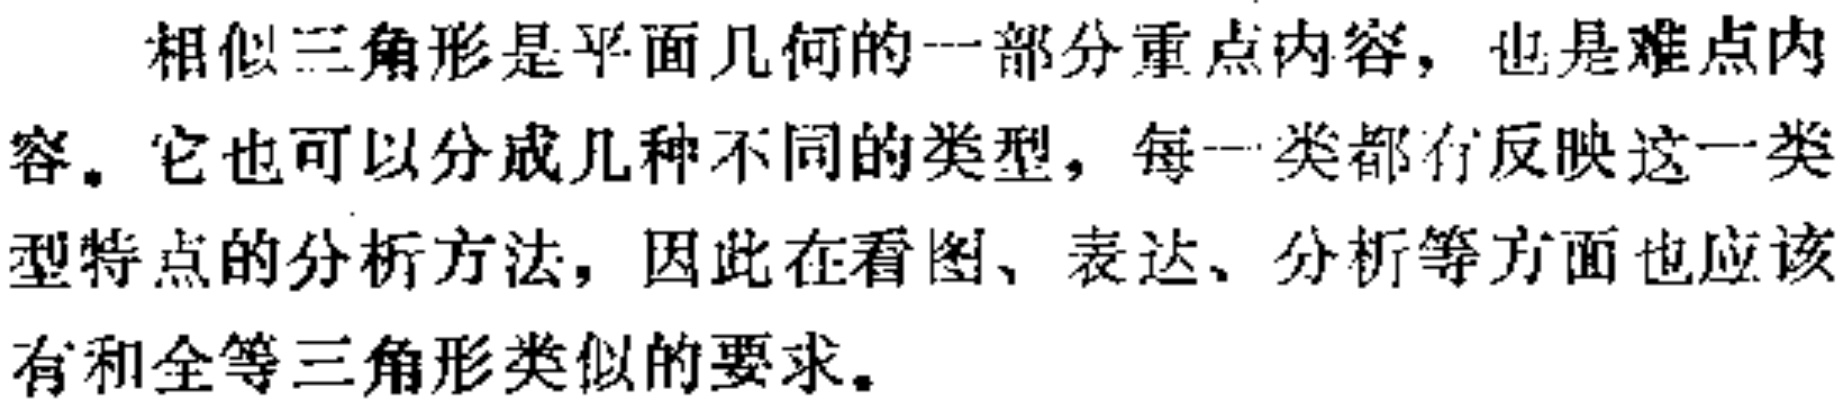
相似三角形是平面几何的一部分重点内容，也是难点内容。它也可以分成几种不同的类型，每一类都有反映这一类型特点的分析方法，因此在看图、表达、分析等方面也应该有和全等三角形类似的要求。